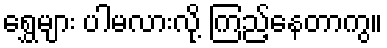
ရွှေများ ပါမလားလို့ ကြည့်နေတာကွ။